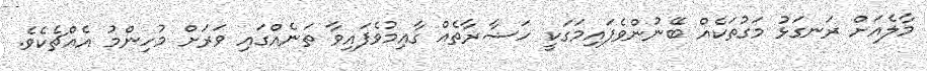
މާލެއަށް ރަނގަޅު މަގުތަކެއް ބޭނުންވެފައިމަގަކީ ހަޟާރާތެއް ގާއިމުވެފައިވާ ތަނެއްގައި ވަރަށް މުހިންމު އެއްޗެކެވެ.